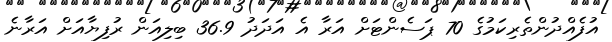
އުފެއްދުންތެރިކަމުގެ 70 ޕަސެންޓަށް އަރާ އެ އަދަދު 36.9 ބިލިއަން ރުފިޔާއަށް އަރާނެ